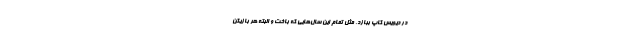
در دیویس کاپ ببازد، مثل تمام این سال‌هایی که باخت و البته هر بازیکن